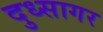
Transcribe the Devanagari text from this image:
दुध्सागर